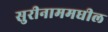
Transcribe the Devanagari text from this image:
सुरीनाममधील